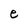
Character: e